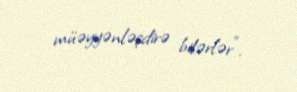
müəyyənləşdirə bilərlər”.